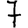
Digit: 7